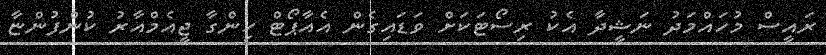
ރައީސް މުހައްމަދު ނަޝީދާ އެކު ރިސޯޓަކަށް ވަޑައިގެން އެއާޕޯޓް ހިންގާ ޖީއެމްއާރު ކުންފުންޏާ